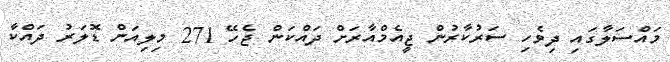
މައްސަލާގައި ދިވެހި ސަރުކާރުން ޖީއެމްއާރަށް ދައްކަން ޖެހޭ 271 މިލިއަން ޑޮލަރު ދައްކާ